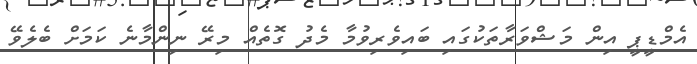
އެމްޑީޕީ އިން މަޝްވަރާތަކުގައި ބައިވެރިވުމާ މެދު ގޮތެއް މިރޭ ނިންމާނެ ކަމަށް ބެލެވޭ